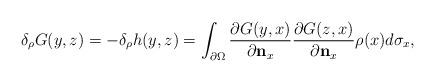
LaTeX: \begin{align*}\delta_\rho G(y,z)=-\delta_\rho h(y,z)=\int_{\partial \Omega}\frac{\partial G(y,x)}{\partial \mathbf{n}_x}\frac{\partial G(z,x)}{\partial \mathbf{n}_x}\rho(x)d\sigma_x,\end{align*}